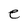
Character: e